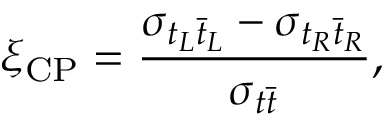
\xi _ { \mathrm { C P } } = \frac { \sigma _ { t _ { L } \bar { t } _ { L } } - \sigma _ { t _ { R } \bar { t } _ { R } } } { \sigma _ { t \bar { t } } } ,